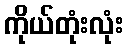
ကိုယ်တုံးလုံး